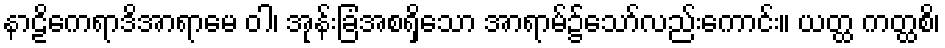
နာဠိကေရာဒိအာရာမေ ဝါ၊ အုန်းခြံအစရှိသော အာရာမ်၌သော်လည်းကောင်း။ ယတ္ထ ကတ္ထစိ၊